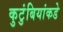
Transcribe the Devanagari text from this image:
कुटुंबियांकडे